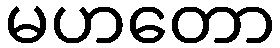
မဟတော